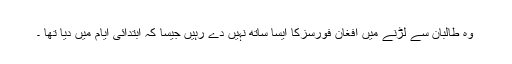
وہ طالبان سے لڑنے میں افغان فورسزکا ایسا ساتھ نہیں دے رہیں جیسا کہ ابتدائی ایام میں دیا تھا ۔